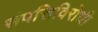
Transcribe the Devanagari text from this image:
संपत्तिविरोधी